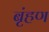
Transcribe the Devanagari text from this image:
बृंहण